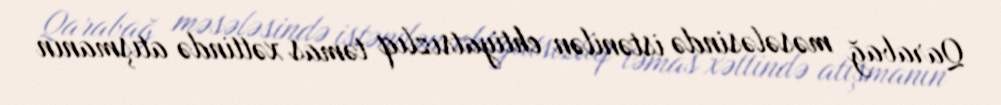
Qarabağ məsələsində istənilən ehtiyatsızlıq təmas xəttində atışmanın